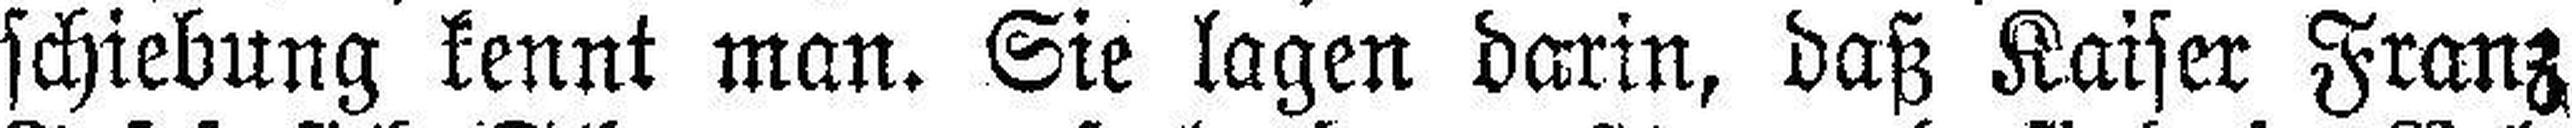
schiebung kennt man. Sie lagen darin, daß Kaiser Franz